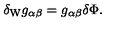
\delta _ { \mathrm { W } } g _ { \alpha \beta } = g _ { \alpha \beta } \delta \Phi .